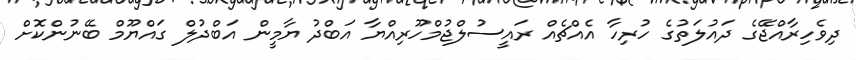
ދިވެހިރާއްޖޭގެ ދައުލަތުގެ ހުރިހާ އެއްޗެއް ރައީސުލްޖުމްހޫރިއްޔާ އަބްދު ޔާމީން އަބްދުލް ގައްޔޫމް ބޭނުންކޮށް